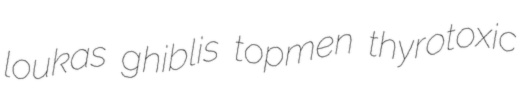
loukas ghiblis topmen thyrotoxic